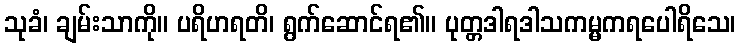
သုခံ၊ ချမ်းသာကို။ ပရိဟရတိ၊ ရွက်ဆောင်ရ၏။ ပုတ္တဒါရဒါသကမ္မကရပေါရိသေ၊